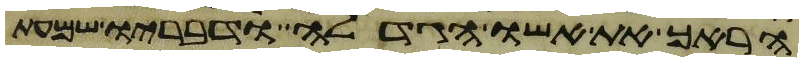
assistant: הראך את אשו הגדלה ודבריו שמעת